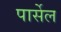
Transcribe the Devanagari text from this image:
पार्सेल